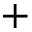
+